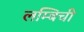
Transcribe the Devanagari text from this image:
लम्बिची